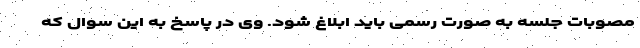
مصوبات جلسه به صورت رسمی باید ابلاغ شود. وی در پاسخ به این سوال که